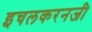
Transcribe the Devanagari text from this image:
इचलकरनजी